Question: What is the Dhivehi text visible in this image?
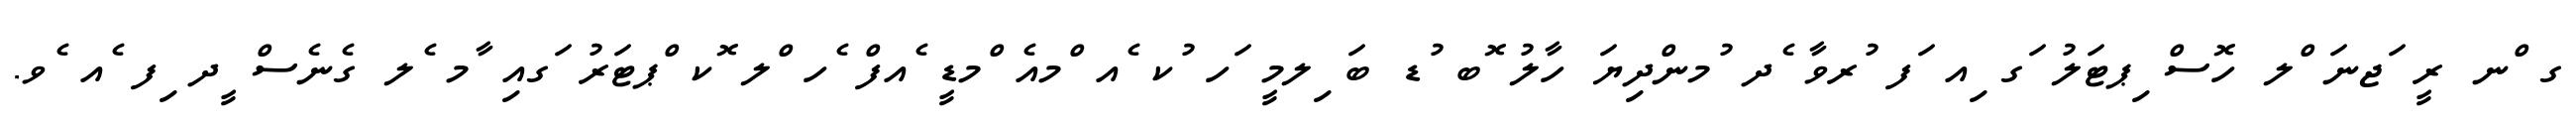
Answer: ގ ްނ ރީ ަޖނަ ްލ ހޮސް ިޕޓަލު ަގ ިއ ަފ ުރވާ ެދ ުމންދިޔަ ހާލު ޮބ ުޑ ބަ ިލމީ ަހ ުކ ެއ ްމއެ ްމޑީ ެއފް ެހ ްލ ޮކ ްޕޓަރު ަގއި ާމ ެލ ގެނެސް ީދ ިފ ެއ ެވ.